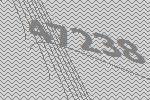
47238